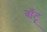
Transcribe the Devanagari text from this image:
बाँटू